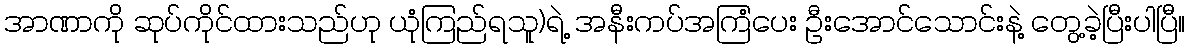
အာဏာကို ဆုပ်ကိုင်ထားသည်ဟု ယုံကြည်ရသူ)ရဲ့ အနီးကပ်အကြံပေး ဦးအောင်သောင်းနဲ့ တွေ့ခဲ့ပြီးပါပြီ။